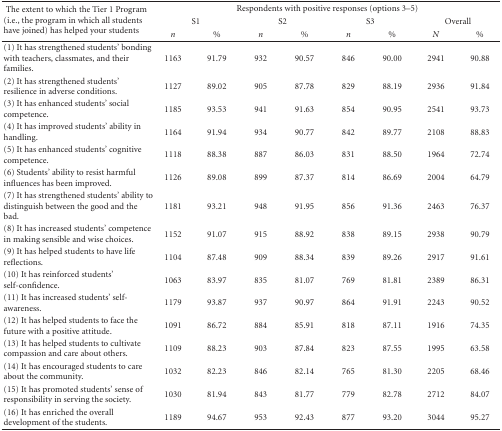
<table><thead><tr><td rowspan="3"><b> The extent to which the Tier 1 Program (i.e., the program in which all students have joined) has helped your students</b></td><td colspan="8"><b>Respondents with positive responses (options 3–5)</b></td></tr><tr><td colspan="2"><b>S1</b></td><td colspan="2"><b>S2</b></td><td colspan="2"><b>S3</b></td><td colspan="2"><b>Overall</b></td></tr><tr><td><b><i>n</i></b></td><td><b>%</b></td><td><b><i>n</i></b></td><td><b>%</b></td><td><b><i>n</i></b></td><td><b>%</b></td><td><b><i>N</i></b></td><td><b>%</b></td></tr></thead><tbody><tr><td>(1) It has strengthened students&#x27; bonding with teachers, classmates, and their families.</td><td>1163</td><td>91.79</td><td>932</td><td>90.57</td><td>846</td><td>90.00</td><td>2941</td><td>90.88</td></tr><tr><td>(2) It has strengthened students&#x27; resilience in adverse conditions.</td><td>1127</td><td>89.02</td><td>905</td><td>87.78</td><td>829</td><td>88.19</td><td>2936</td><td>91.84</td></tr><tr><td>(3) It has enhanced students&#x27; social competence.</td><td>1185</td><td>93.53</td><td>941</td><td>91.63</td><td>854</td><td>90.95</td><td>2541</td><td>93.73</td></tr><tr><td>(4) It has improved students&#x27; ability in handling.</td><td>1164</td><td>91.94</td><td>934</td><td>90.77</td><td>842</td><td>89.77</td><td>2108</td><td>88.83</td></tr><tr><td>(5) It has enhanced students&#x27; cognitive competence.</td><td>1118</td><td>88.38</td><td>887</td><td>86.03</td><td>831</td><td>88.50</td><td>1964</td><td>72.74</td></tr><tr><td>(6) Students&#x27; ability to resist harmful influences has been improved.</td><td>1126</td><td>89.08</td><td>899</td><td>87.37</td><td>814</td><td>86.69</td><td>2004</td><td>64.79</td></tr><tr><td>(7) It has strengthened students&#x27; ability to distinguish between the good and the bad.</td><td>1181</td><td>93.21</td><td>948</td><td>91.95</td><td>856</td><td>91.36</td><td>2463</td><td>76.37</td></tr><tr><td>(8) It has increased students&#x27; competence in making sensible and wise choices.</td><td>1152</td><td>91.07</td><td>915</td><td>88.92</td><td>838</td><td>89.15</td><td>2938</td><td>90.79</td></tr><tr><td>(9) It has helped students to have life reflections.</td><td>1104</td><td>87.48</td><td>909</td><td>88.34</td><td>839</td><td>89.26</td><td>2917</td><td>91.61</td></tr><tr><td>(10) It has reinforced students&#x27; self-confidence.</td><td>1063</td><td>83.97</td><td>835</td><td>81.07</td><td>769</td><td>81.81</td><td>2389</td><td>86.31</td></tr><tr><td>(11) It has increased students&#x27; self- awareness.</td><td>1179</td><td>93.87</td><td>937</td><td>90.97</td><td>864</td><td>91.91</td><td>2243</td><td>90.52</td></tr><tr><td>(12) It has helped students to face the future with a positive attitude.</td><td>1091</td><td>86.72</td><td>884</td><td>85.91</td><td>818</td><td>87.11</td><td>1916</td><td>74.35</td></tr><tr><td>(13) It has helped students to cultivate compassion and care about others.</td><td>1109</td><td>88.23</td><td>903</td><td>87.84</td><td>823</td><td>87.55</td><td>1995</td><td>63.58</td></tr><tr><td>(14) It has encouraged students to care about the community.</td><td>1032</td><td>82.23</td><td>846</td><td>82.14</td><td>765</td><td>81.30</td><td>2205</td><td>68.46</td></tr><tr><td>(15) It has promoted students&#x27; sense of responsibility in serving the society.</td><td>1030</td><td>81.94</td><td>843</td><td>81.77</td><td>779</td><td>82.78</td><td>2712</td><td>84.07</td></tr><tr><td>(16) It has enriched the overall development of the students.</td><td>1189</td><td>94.67</td><td>953</td><td>92.43</td><td>877</td><td>93.20</td><td>3044</td><td>95.27</td></tr></tbody></table>